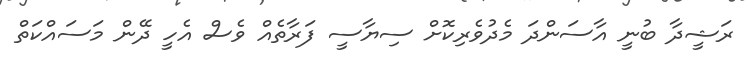
ރަޝީދާ ބުނީ އާސަންދަ މެދުވެރިކޮށް ސިޔާސީ ފަރާތެއް ވެސް އެހީ ދޭން މަސައްކަތް